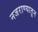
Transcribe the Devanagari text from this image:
नजराण्यातून